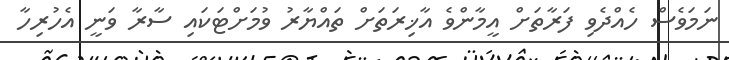
ނަމަވެސް ހެއްދެވި ފަރާތަށް އީމާންވެ އާޚިރަތަށް ތައްޔާރު ވުމަށްޓަކައި ސާރާ ވަނީ އެހުރިހާ